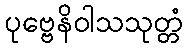
ပုဗ္ဗေနိဝါသသုတ္တံ